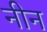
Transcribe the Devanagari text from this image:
नीन